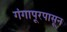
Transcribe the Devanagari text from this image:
गंगापूरपासून